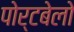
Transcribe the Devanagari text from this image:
पोर्टबेलो